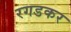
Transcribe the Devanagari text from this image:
रगडकर